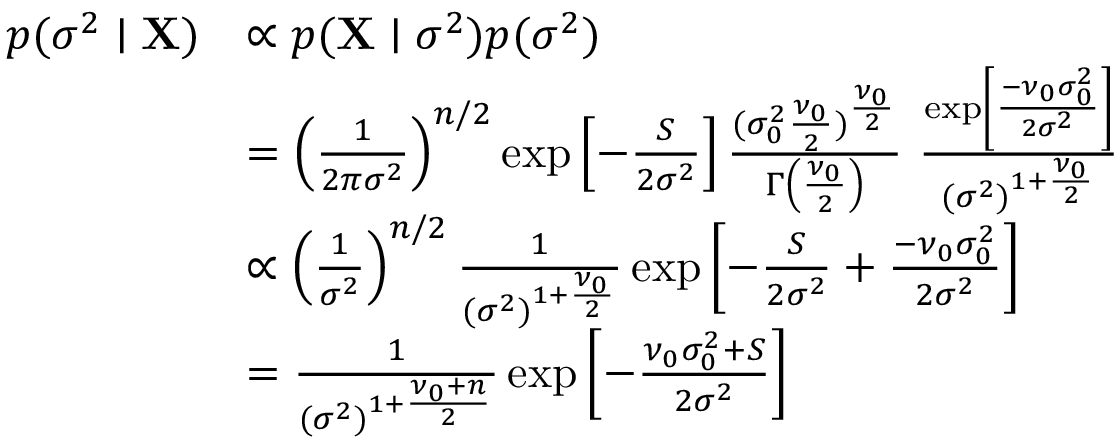
{ \begin{array} { r l } { p ( \sigma ^ { 2 } \mid \mathbf { X } ) } & { \propto p ( \mathbf { X } \mid \sigma ^ { 2 } ) p ( \sigma ^ { 2 } ) } \\ & { = \left( { \frac { 1 } { 2 \pi \sigma ^ { 2 } } } \right) ^ { n / 2 } \exp \left[ - { \frac { S } { 2 \sigma ^ { 2 } } } \right] { \frac { ( \sigma _ { 0 } ^ { 2 } { \frac { \nu _ { 0 } } { 2 } } ) ^ { \frac { \nu _ { 0 } } { 2 } } } { \Gamma \left( { \frac { \nu _ { 0 } } { 2 } } \right) } } ~ { \frac { \exp \left[ { \frac { - \nu _ { 0 } \sigma _ { 0 } ^ { 2 } } { 2 \sigma ^ { 2 } } } \right] } { ( \sigma ^ { 2 } ) ^ { 1 + { \frac { \nu _ { 0 } } { 2 } } } } } } \\ & { \propto \left( { \frac { 1 } { \sigma ^ { 2 } } } \right) ^ { n / 2 } { \frac { 1 } { ( \sigma ^ { 2 } ) ^ { 1 + { \frac { \nu _ { 0 } } { 2 } } } } } \exp \left[ - { \frac { S } { 2 \sigma ^ { 2 } } } + { \frac { - \nu _ { 0 } \sigma _ { 0 } ^ { 2 } } { 2 \sigma ^ { 2 } } } \right] } \\ & { = { \frac { 1 } { ( \sigma ^ { 2 } ) ^ { 1 + { \frac { \nu _ { 0 } + n } { 2 } } } } } \exp \left[ - { \frac { \nu _ { 0 } \sigma _ { 0 } ^ { 2 } + S } { 2 \sigma ^ { 2 } } } \right] } \end{array} }